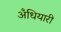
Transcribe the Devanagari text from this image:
अँधियारी